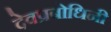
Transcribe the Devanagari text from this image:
देवप्रबोधिनी